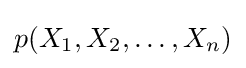
p(X_{1},X_{2},\ldots ,X_{n})